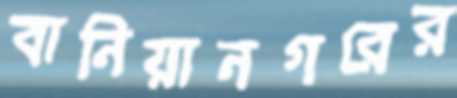
বানিয়ানগরের